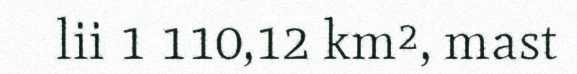
lii 1 110,12 km², mast